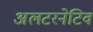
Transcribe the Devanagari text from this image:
अलटरनेटिव